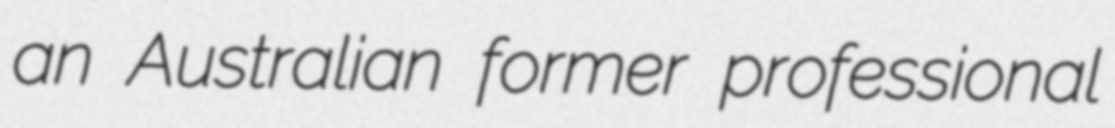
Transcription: an Australian former professional